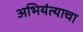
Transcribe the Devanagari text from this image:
अभियंत्याचा